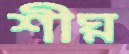
শীঘ্ন